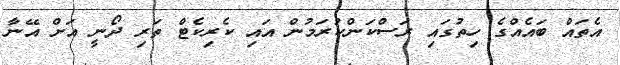
އެތައް ބައެއްގެ ހިތުގައި ރަސްކަންކުރަމުން އައި ކެރިކެޓް ތަރި ދޯނީ އަށް އޭނާ